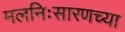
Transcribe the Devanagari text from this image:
मलनिःसारणच्या